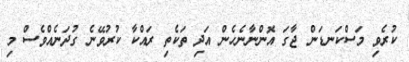
ކުރެވި މަސްކަނޑަން ޖާގަ އޮންނާނެހެން އަދި ތަކެތި ރައްކާ ކުރުވޭނެ ގުދަނެއްވެސް މި